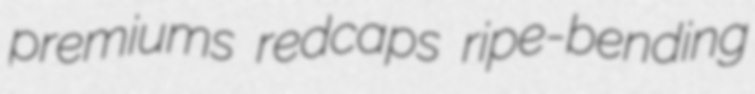
premiums redcaps ripe-bending